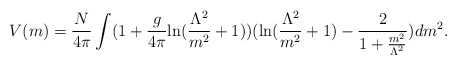
\begin{align*}V(m) = \frac{N}{4\pi} \int (1 + \frac{g}{4\pi}\mbox{ln}(\frac{\Lambda^2}{m^2} + 1))(\mbox{ln}(\frac{\Lambda^2}{m^2} + 1) - \frac{2}{1 + \frac{m^2}{\Lambda^2}})dm^2.\end{align*}